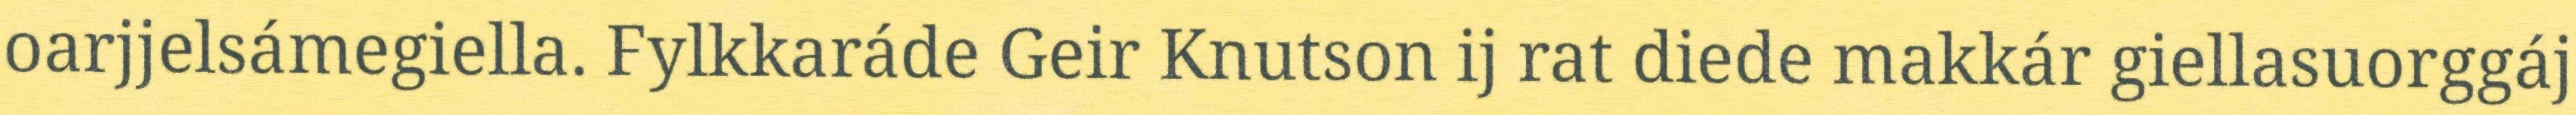
oarjjelsámegiella. Fylkkaráde Geir Knutson ij rat diede makkár giellasuorggáj